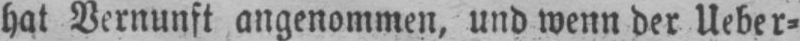
hat Vernunft angenommen, und wenn der Ueber⸗